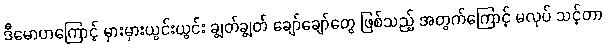
ဒီမောဟကြောင့် မှားမှားယွင်းယွင်း ချွတ်ချွတ် ချော်ချော်တွေ ဖြစ်သည့် အတွက်ကြောင့် မလုပ် သင့်တာ